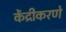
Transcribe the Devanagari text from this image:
केंद्रीकरणे